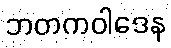
ဘတကဝါဒေန